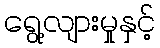
ရွေ့လျားမှုနှင့်